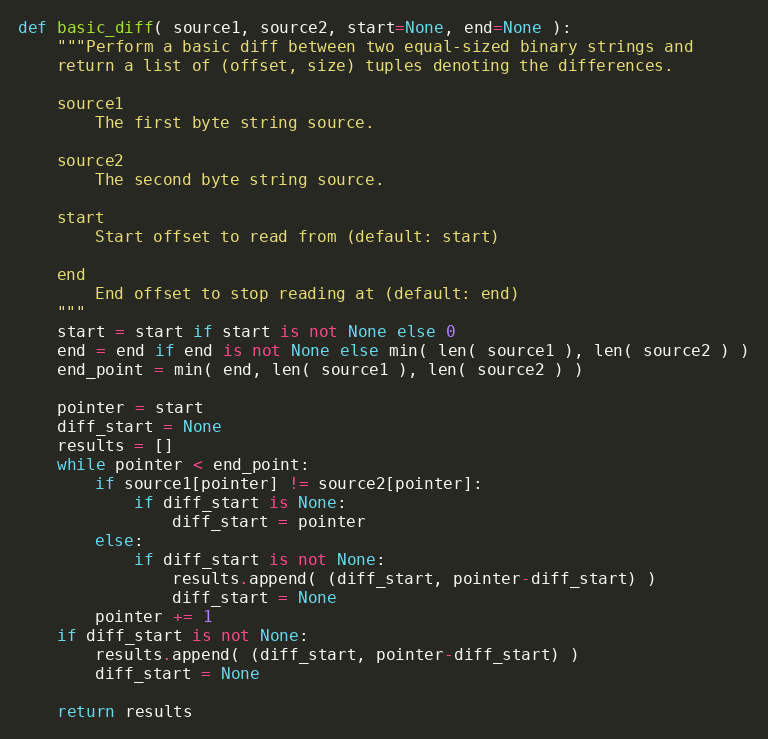
Language: Python
def basic_diff( source1, source2, start=None, end=None ):
    """Perform a basic diff between two equal-sized binary strings and
    return a list of (offset, size) tuples denoting the differences.

    source1
        The first byte string source.

    source2
        The second byte string source.

    start
        Start offset to read from (default: start)

    end
        End offset to stop reading at (default: end)
    """
    start = start if start is not None else 0
    end = end if end is not None else min( len( source1 ), len( source2 ) )
    end_point = min( end, len( source1 ), len( source2 ) )

    pointer = start
    diff_start = None
    results = []
    while pointer < end_point:
        if source1[pointer] != source2[pointer]:
            if diff_start is None:
                diff_start = pointer
        else:
            if diff_start is not None:
                results.append( (diff_start, pointer-diff_start) )
                diff_start = None
        pointer += 1
    if diff_start is not None:
        results.append( (diff_start, pointer-diff_start) )
        diff_start = None

    return results